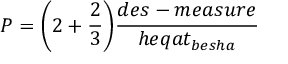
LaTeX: P = { \bigg ( } 2 + { \frac { 2 } { 3 } } { \bigg ) } { \frac { d e s - m e a s u r e } { h e q a t _ { b e s h a } } }